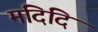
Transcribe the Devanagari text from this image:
मदिदि